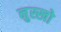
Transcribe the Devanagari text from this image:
नुस्खो